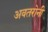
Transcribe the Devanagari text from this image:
अवतरोनी